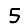
Digit: 5